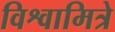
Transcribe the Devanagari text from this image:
विश्वामित्रे